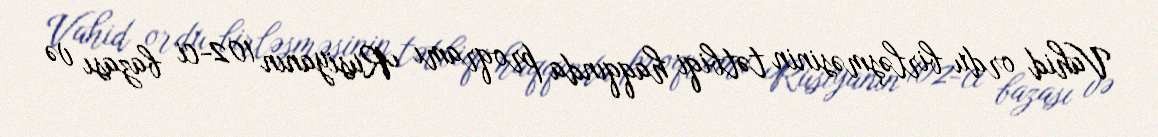
Vahid ordu birləşməsinin tətbiqi haqqında proqramı Rusiyanın 102-ci bazası və